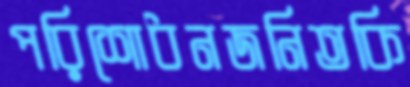
পরিশোধনজনিতকি